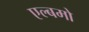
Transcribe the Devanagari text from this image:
एल्बमो